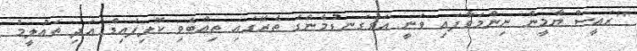
"ރައީސް ޔާމީން ނިންމަވާފައި ވަނީ އަޅުގަނޑުމެންގެ ތެރޭގައި ތިއްބެވި ކޮލިފައިޑް އަދި ތައުލީމު